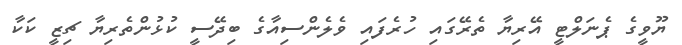
ޔޫވީގެ ޕެނަލްޓީ އޭރިޔާ ތެރޭގައި ހުރެފައި ވެލެންސިއާގެ ބިދޭސީ ކުޅުންތެރިޔާ ޗިޒީ ކަކާ